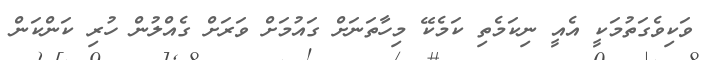
ވަކިވެގަތުމަކީ އެއީ ނިކަމެތި ކަމެކޭ މިހާތަނަށް ގައުމަށް ވަރަށް ގެއްލުން ހުރި ކަންކަން